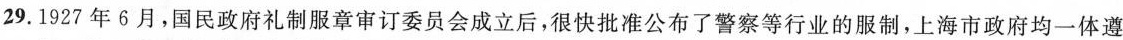
29.1927年6月，国民政府礼制服章审订委员会成立后，很快批准公布了警察等行业的服制，上海市政府均一体遵